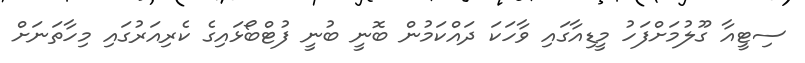
ސިޓީއާ ގޫލުމަށްފަހު މީޑިއާގައި ވާހަކަ ދައްކަމުން ބޮނީ ބުނީ ފުޓްބޯޅައިގެ ކެރިއަރުގައި މިހާތަނަށް